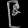
Digit: ၉